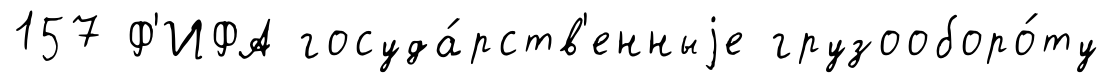
157 Ф'ИФА госуда́рств'енныjе грузооборо́ту